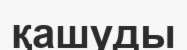
қашуды